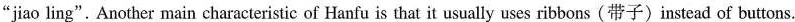
"jiao ling".Another main characteristic of Hanfu is that it usually uses ribbons(带子)instead of buttons.